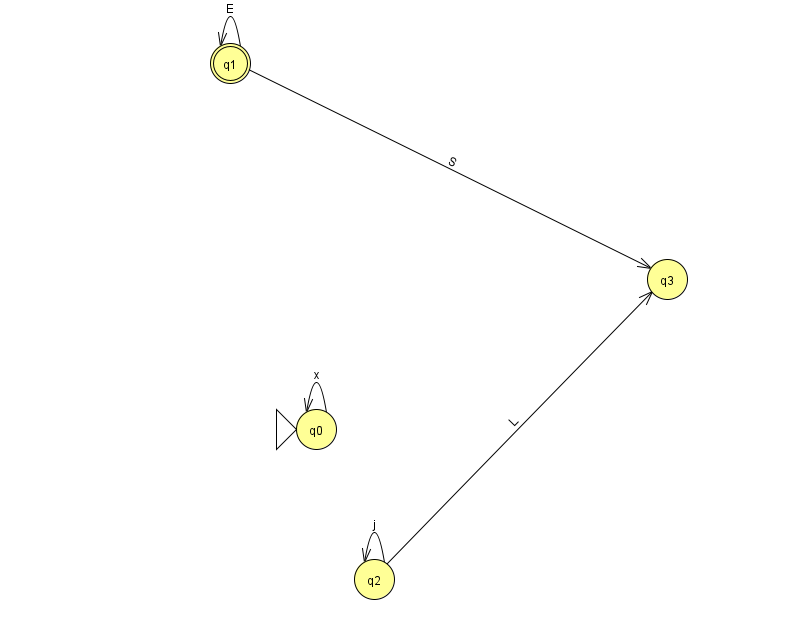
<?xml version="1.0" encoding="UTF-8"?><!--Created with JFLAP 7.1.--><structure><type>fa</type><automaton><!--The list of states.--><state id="0" name="q0"><x>316.0</x><y>416.0</y><initial/></state><state id="1" name="q1"><x>230.0</x><y>50.0</y><final/></state><state id="2" name="q2"><x>374.0</x><y>566.0</y></state><state id="3" name="q3"><x>667.0</x><y>266.0</y></state><!--The list of transitions.--><transition><from>1</from><to>1</to><read>E</read></transition><transition><from>0</from><to>0</to><read>x</read></transition><transition><from>1</from><to>3</to><read>S</read></transition><transition><from>2</from><to>3</to><read>L</read></transition><transition><from>2</from><to>2</to><read>j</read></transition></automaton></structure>